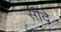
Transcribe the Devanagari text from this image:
सीदे